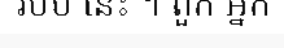
របប នេះ ។ ពួក អ្នក